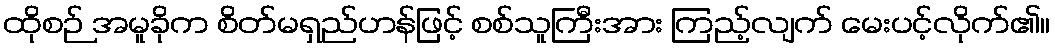
ထိုစဉ် အမူခိုက စိတ်မရှည်ဟန်ဖြင့် စစ်သူကြီးအား ကြည့်လျက် မေးပင့်လိုက်၏။